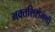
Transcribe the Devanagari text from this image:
भक्तशिरोमणी